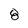
Character: 8